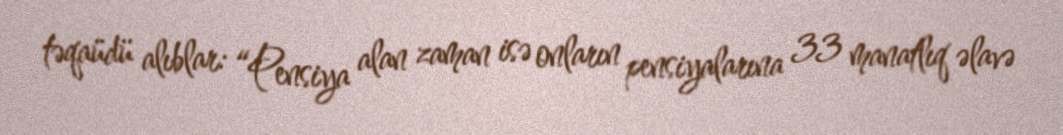
təqaüdü alıblar: “Pensiya alan zaman isə onların pensiyalarına 33 manatlıq əlavə